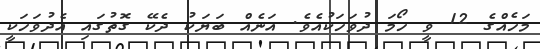
މަހެއްގެ 12 ވީ ހޯމަ ދުވަހަކުއެވެ. އަނެއް ބަޔަކު ދެކޭ ގޮތުގައި އެދުވަހަކީ